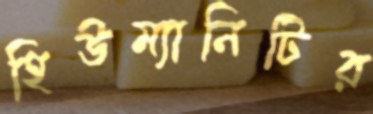
হিউম্যানিটির